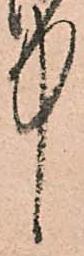
中